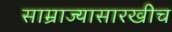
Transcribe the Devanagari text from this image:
साम्राज्यासारखीच